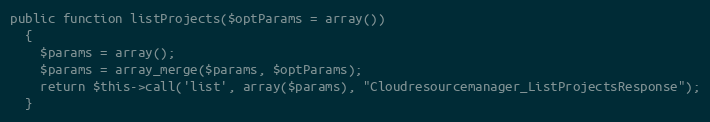
Language: PHP
public function listProjects($optParams = array())
  {
    $params = array();
    $params = array_merge($params, $optParams);
    return $this->call('list', array($params), "Cloudresourcemanager_ListProjectsResponse");
  }